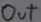
Text: out